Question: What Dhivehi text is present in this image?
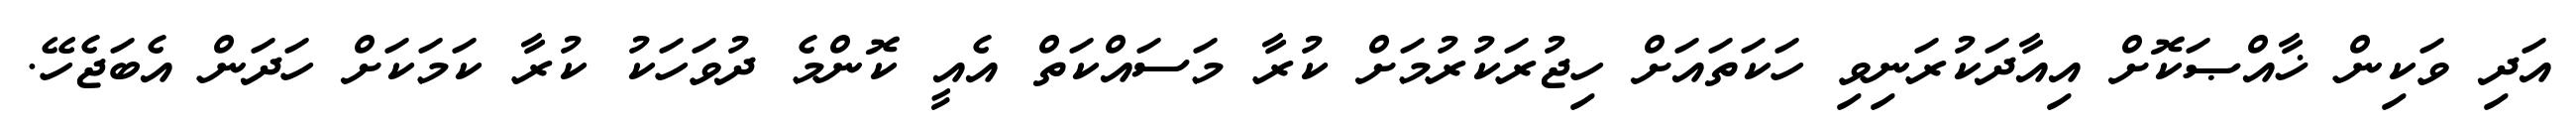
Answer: އަދި ވަކިން ޚާއްޞަކޮށް އިއާދަކުރަނިވި ހަކަތައަށް ހިޖުރަކުރުމަށް ކުރާ މަސައްކަތް އެއީ ކޮންމެ ދުވަހަކު ކުރާ ކަމަކަށް ހަދަން އެބަޖެހޭ.